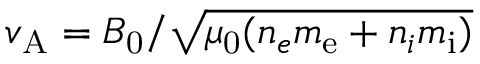
v _ { \mathrm { A } } = B _ { \mathrm { 0 } } / \sqrt { \mu _ { \mathrm { 0 } } ( n _ { e } m _ { \mathrm { e } } + n _ { i } m _ { \mathrm { i } } ) }